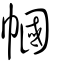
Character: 幗